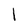
Character: l